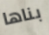
بناها